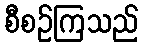
စီစဉ်ကြသည်